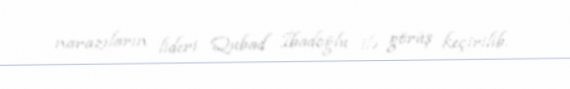
narazıların lideri Qubad İbadoğlu ilə görüş keçirilib.